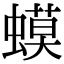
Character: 蟆